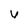
Character: u